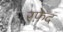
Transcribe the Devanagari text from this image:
रफ़ेद